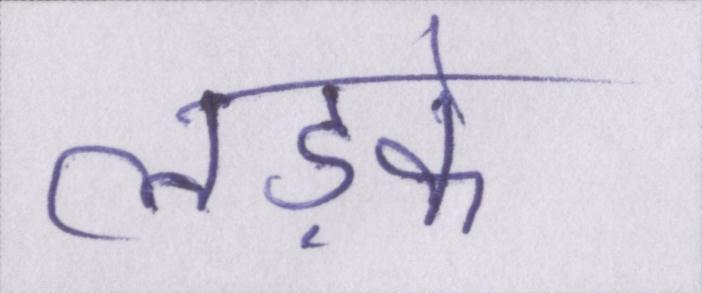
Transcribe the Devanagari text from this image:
लड़के